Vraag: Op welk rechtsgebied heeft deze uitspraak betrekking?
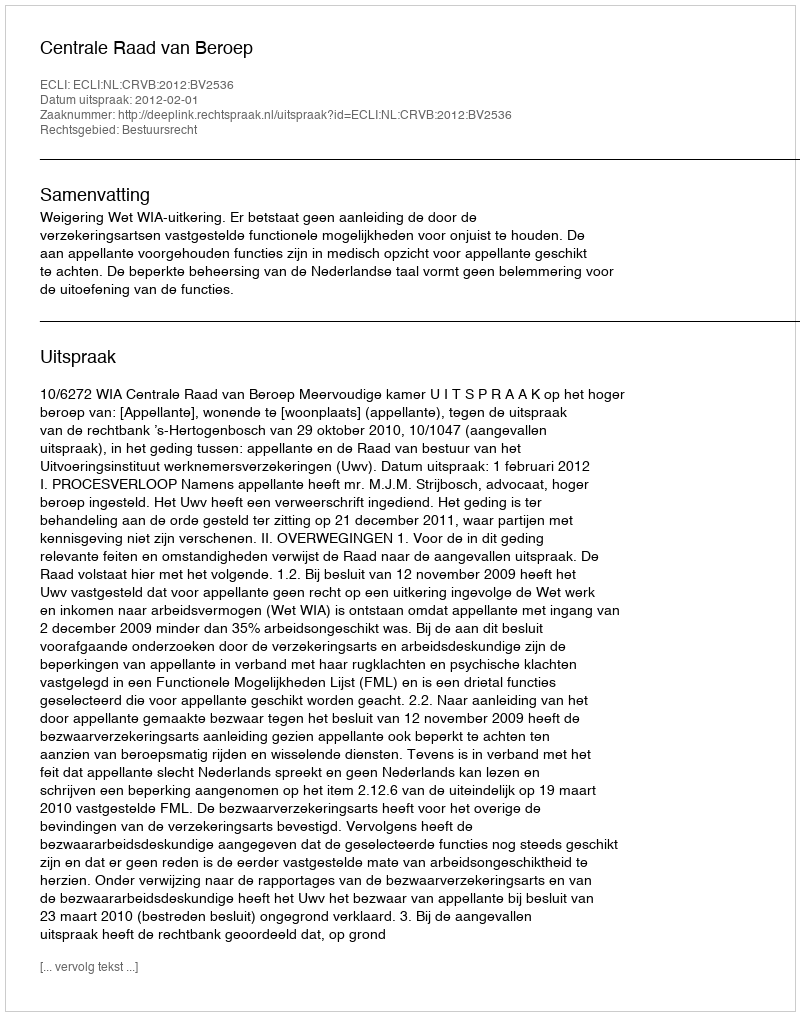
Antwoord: Bestuursrecht